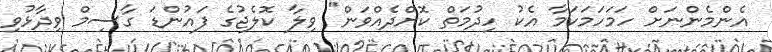
އެންމެންނަށް ހަމަހަމަކަމާ އެކު ހިދުމަތް ކޮށްދެއްވަން" ވިލާ ކޮލެޖުގެ ފައުންޑަ ގާސިމް ވިދާޅުވި